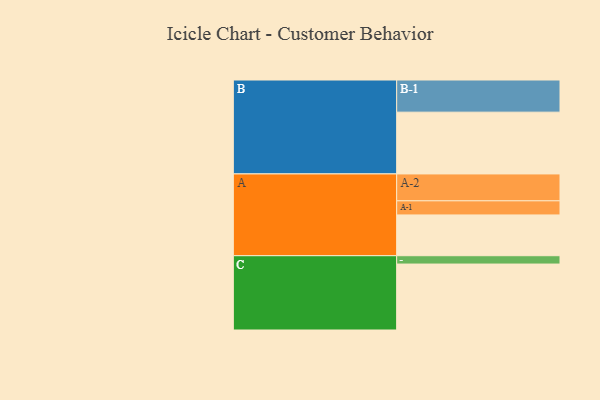
{"axis": {"x": "Segment", "y": "Value"}, "legend": ["", "A", "B", "C"], "data": [{"x": "A", "y": 332, "type": ""}, {"x": "B", "y": 503, "type": ""}, {"x": "C", "y": 537, "type": ""}, {"x": "A-1", "y": 115, "type": "A"}, {"x": "A-2", "y": 219, "type": "A"}, {"x": "B-1", "y": 262, "type": "B"}, {"x": "C-1", "y": 68, "type": "C"}]}